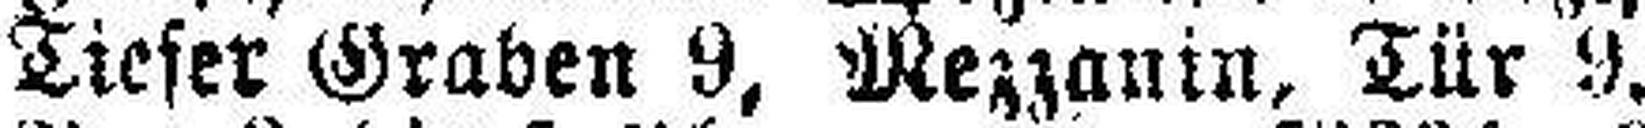
Tiefer Graben 9, Mezzanin, Tür 9.